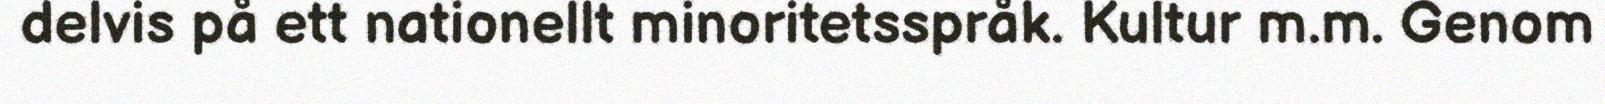
delvis på ett nationellt minoritetsspråk. Kultur m.m. Genom